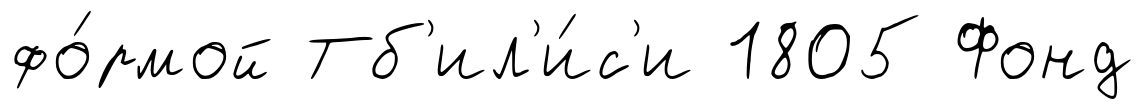
фо́рмой Тб'ил'и́с'и 1805 Фонд